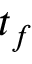
t _ { f }